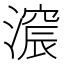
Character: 𣾋